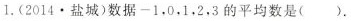
1.(2014\cdot 盐城)数据-1，0，1，2，3的平均数是（）。